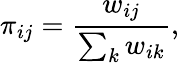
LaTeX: \pi_{ij}=\frac{w_{ij}}{\sum_{k}w_{ik}},